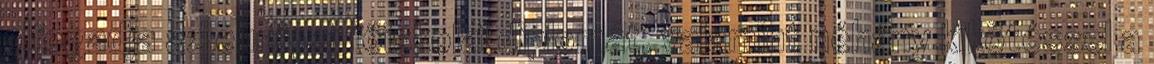
elfogadja az európai főiskolai diplomát, valamint néhány kikötéssel a